Annual returns of the Patna Lunatic Asylum at Bankipore in Bihar and Orissa - 1912-1924
Year: 1912
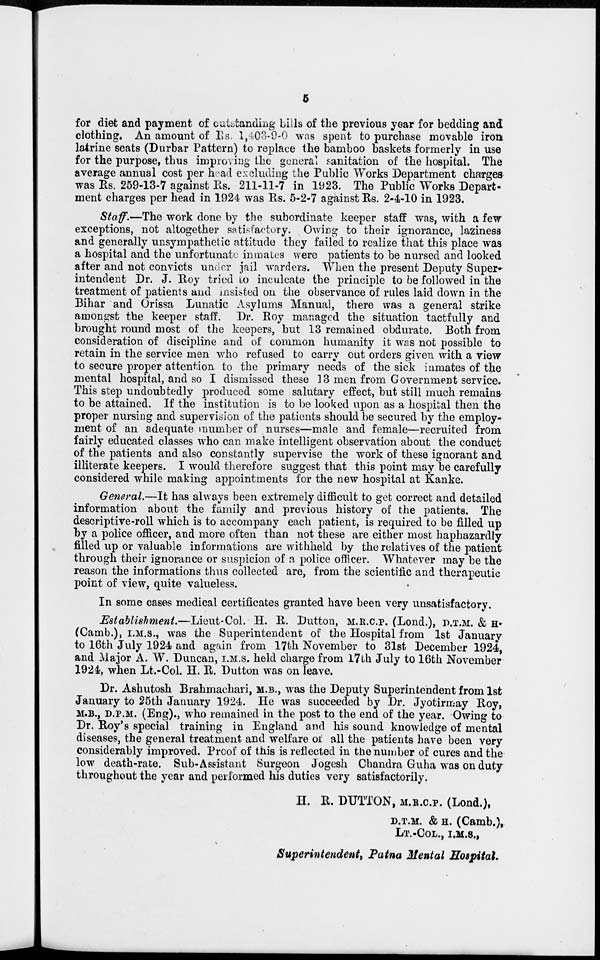
5
for diet and payment of outstanding bills of the previous year for bedding and
clothing. An amount of Rs. 1,403-9-0 was spent to purchase movable iron
latrine seats (Durbar Pattern) to replace the bamboo baskets formerly in use
for the purpose, thus improving the general sanitation of the hospital. The
average annual cost per head excluding the Public Works Department charges
was Rs. 259-13-7 against Rs. 211-11-7 in 1923. The Public Works Depart-
ment charges per head in 1924 was Rs. 5-2-7 against Rs. 2-4-10 in 1923.
Staff.—The work done by the subordinate keeper staff was, with a few
exceptions, not altogether satisfactory. Owing to their ignorance, laziness
and generally unsympathetic attitude they failed to realize that this place was
a hospital and the unfortunate inmates were patients to be nursed and looked
after and not convicts under jail warders. When the present Deputy Super-
intendent Dr. J. Roy tried to inculcate the principle to be followed in the
treatment of patients and insisted on the observance of rules laid down in the
Bihar and Orissa Lunatic Asylums Manual, there was a general strike
amongst the keeper staff. Dr. Roy managed the situation tactfully and
brought round most of the keepers, but 13 remained obdurate. Both from
consideration of discipline and of common humanity it was not possible to
retain in the service men who refused to carry out orders given with a view
to secure proper attention to the primary needs of the sick inmates of the
mental hospital, and so I dismissed these 13 men from Government service.
This step undoubtedly produced some salutary effect, but still much remains
to be attained. If the institution is to be looked upon as a hospital then the
proper nursing and supervision of the patients should be secured by the employ-
ment of an adequate number of nurses—male and female—recruited from
fairly educated classes who can make intelligent observation about the conduct
of the patients and also constantly supervise the work of these ignorant and
illiterate keepers. I would therefore suggest that this point may be carefully
considered while making appointments for the new hospital at Kanke.
General.—It has always been extremely difficult to get correct and detailed
information about the family and previous history of the patients. The
descriptive-roll which is to accompany each patient, is required to be filled up
by a police officer, and more often than not these are either most haphazardly
filled up or valuable informations are withheld by the relatives of the patient
through their ignorance or suspicion of a police officer. Whatever may be the
reason the informations thus collected are, from the scientific and therapeutic
point of view, quite valueless.
In some cases medical certificates granted have been very unsatisfactory.
Establishment.—Lieut-Col. H. R. Dutton, M.R.C.P. (Lond.), P.T.M. & H.
(Camb.), I.M.S., was the Superintendent of the Hospital from 1st January
to 16th July 1924 and again from 17th November to 31st December 1924,
and Major A. W. Duncan, I.M.S. held charge from 17th July to 16th November
1924, when Lt.-Col. H. R. Dutton was on leave.
Dr. Ashutosh Brahmachari, M.B., was the Deputy Superintendent from 1st
January to 25th January 1924. He was succeeded by Dr. Jyotirmay Roy,
M.B., D.P.M. (Eng)., who remained in the post to the end of the year. Owing to
Dr. Roy's special training in England and his sound knowledge of mental
diseases, the general treatment and welfare of all the patients have been very
considerably improved. Proof of this is reflected in the number of cures and the
low death-rate. Sub-Assistant Surgeon Jogesh Chandra Guha was on duty
throughout the year and performed his duties very satisfactorily.
H. R. DUTTON, M.R.C.P. (Lond.),
D.T.M. & H. (Camb.),
LT.-COL., I.M.S.,
Superintendent, Patna Mental Hospital.